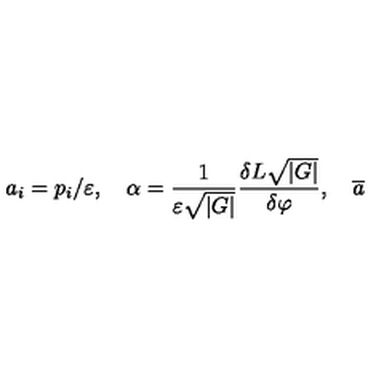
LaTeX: a _ { i } = p _ { i } / \varepsilon , \quad \alpha = \frac 1 { \varepsilon \sqrt { \left| G \right| } } \frac { \delta L \sqrt { \left| G \right| } } { \delta \varphi } , \quad \overline { { a } }